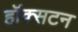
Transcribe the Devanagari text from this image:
हॉक्सटन